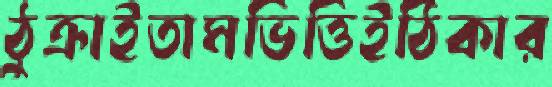
ঠুক্‌রাইতামভিত্তিইঠিকার